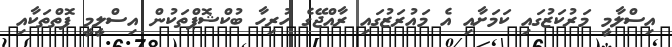
އިސްލާމީ މަރުކަޒުގައި ކަމަށާއި އެ މައުރަޒުގައި ރާއްޖޭގެ ހުރިހާ ބުކްޝޮޕްތަކުން އިސްލީމީ ފޮތްތަކާއި